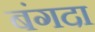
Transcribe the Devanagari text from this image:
बंगदा